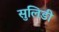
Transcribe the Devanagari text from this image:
सुलिडी